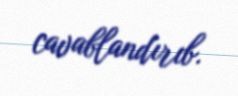
cavablandırıb.